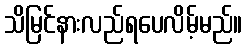
သိမြင်နားလည်ရပေလိမ့်မည်။